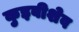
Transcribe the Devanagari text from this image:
कुइबीशेव